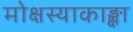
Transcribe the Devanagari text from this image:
मोक्षस्याकाङ्क्षा